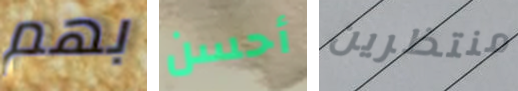
بهم أحسن منتظرين